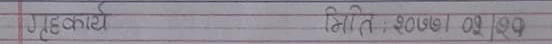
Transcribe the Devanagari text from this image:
गृहकार्य मिति : १०/०७/१९